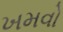
ખમવો